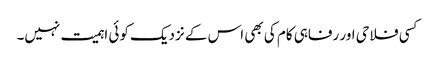
کسی فلاحی اور رفاہی کام کی بھی اس کے نزدیک کوئی اہمیت نہیں۔